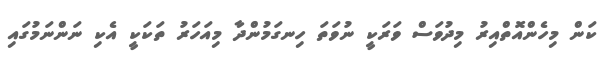
ކަން މިހެންއޮތްއިރު މިދުވަސް ވަރަކީ ނުވަތަ ހިނގަމުންދާ މިއަހަރު ތަކަކީ އެކި ނަންނަމުގައި